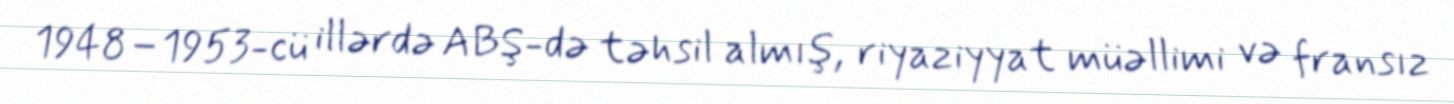
1948–1953-cü illərdə ABŞ-də təhsil almış, riyaziyyat müəllimi və fransız